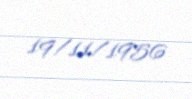
19/11/1956